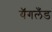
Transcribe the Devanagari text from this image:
यॅगलँड